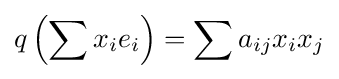
q\left(\sum x_{i}e_{i}\right)=\sum a_{ij}x_{i}x_{j}